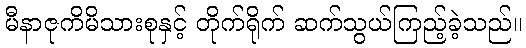
မီနာဇုကိမိသားစုနှင့် တိုက်ရိုက် ဆက်သွယ်ကြည့်ခဲ့သည်။